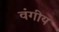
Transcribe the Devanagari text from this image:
वंगीय